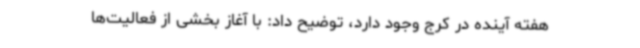
هفته آینده در کرج وجود دارد، توضیح داد: با آغاز بخشی از فعالیت‌ها